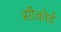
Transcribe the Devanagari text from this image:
सीकोर्ड